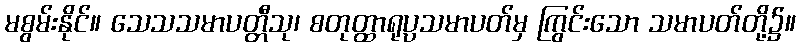
မစွမ်းနိုင်။ သေသသမာပတ္တီသု၊ စတုတ္ထာရုပ္ပသမာပတ်မှ ကြွင်းသော သမာပတ်တို့၌။